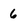
Character: 6